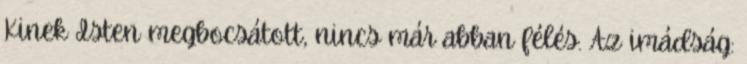
Kinek Isten megbocsátott, nincs már abban félés. Az imádság: